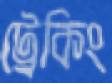
ট্রেকিং